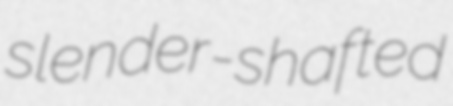
slender-shafted